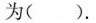
为()。